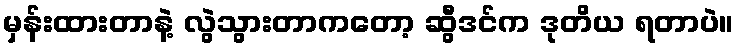
မှန်းထားတာနဲ့ လွဲသွားတာကတော့ ဆွီဒင်က ဒုတိယ ရတာပဲ။